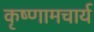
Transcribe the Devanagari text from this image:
कृष्णामचार्य